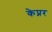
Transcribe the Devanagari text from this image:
केप्नर